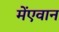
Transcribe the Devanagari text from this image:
मेंएवान